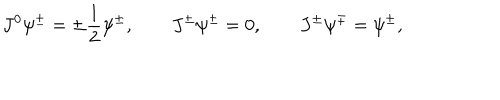
J ^ { 0 } \psi ^ { \pm } = \pm \frac 1 2 \psi ^ { \pm } , \qquad J ^ { \pm } \psi ^ { \pm } = 0 , \qquad J ^ { \pm } \psi ^ { \mp } = \psi ^ { \pm } ,